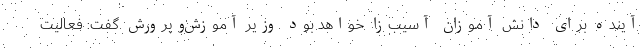
آینده برای دانش آموزان آسیب‌زا خواهد بود وزیر آموزش‌وپرورش گفت: فعالیت